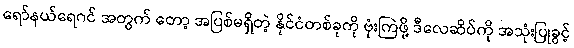
ရော်နယ်ရေဂင် အတွက် တော့ အပြစ်မရှိတဲ့ နိုင်ငံတစ်ခုကို ဗုံးကြဲဖို့ ဒီလေဆိပ်ကို အသုံးပြုခွင့်